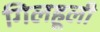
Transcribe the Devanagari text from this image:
गिलहूली